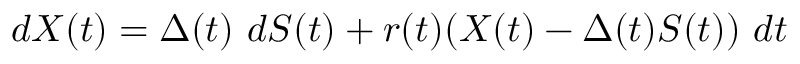
d X ( t ) = \Delta ( t ) \ d S ( t ) + r ( t ) ( X ( t ) - \Delta ( t ) S ( t ) ) \ d t